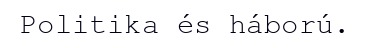
Politika és háború.